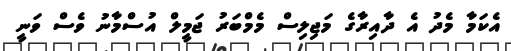
އެކަމާ މެދު އެ ދާއިރާގެ މަޖިލިސް މެމްބަރު ޖަމީލް އުސްމާނު ވެސް ވަނީ